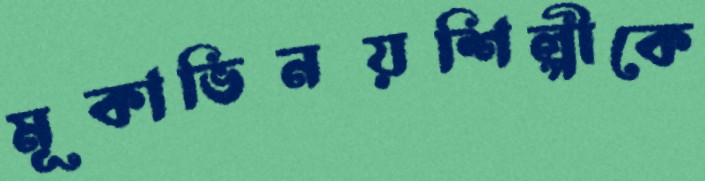
মূকাভিনয়শিল্পীকে